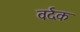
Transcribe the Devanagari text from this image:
वर्दक